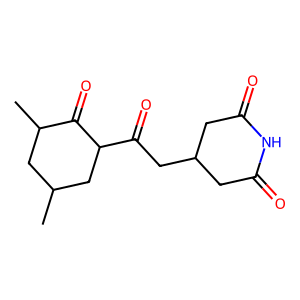
SMILES: CC1CC(C)C(=O)C(C(=O)CC2CC(=O)NC(=O)C2)C1
Inhibits HIV replication: No